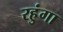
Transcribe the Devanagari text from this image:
रहुंगा